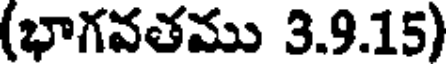
(భాగవతము 3.9.15)